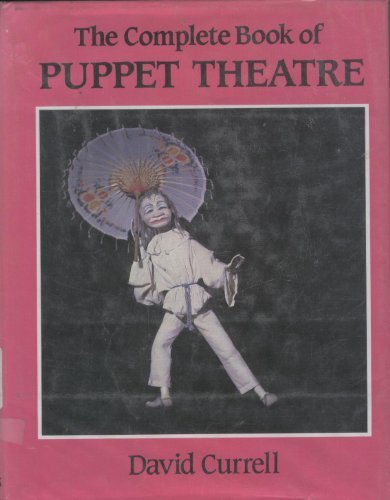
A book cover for The Complete Book of Puppet Theatre; David Currell; Crafts, Hobbies & Home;